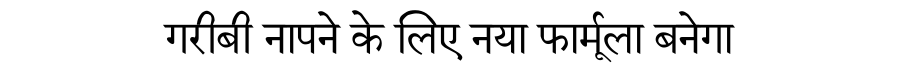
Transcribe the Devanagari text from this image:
गरीबी नापने के लिए नया फार्मूला बनेगा